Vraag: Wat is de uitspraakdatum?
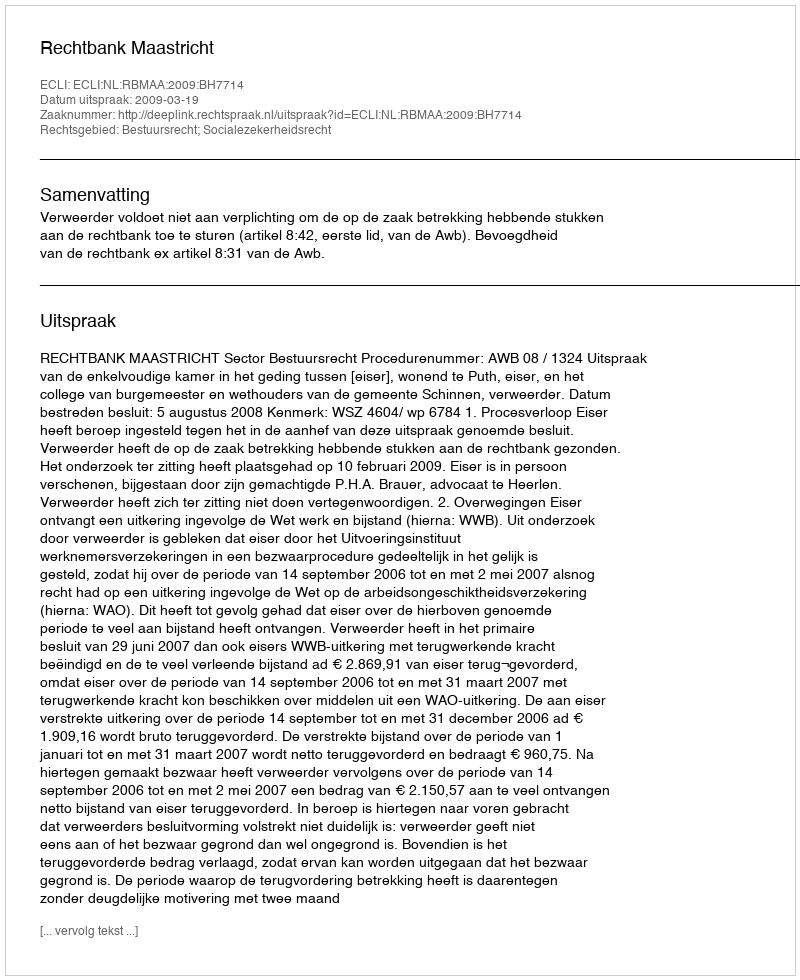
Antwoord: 2009-03-19